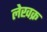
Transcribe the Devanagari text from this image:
लेखक्र